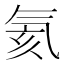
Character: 氦